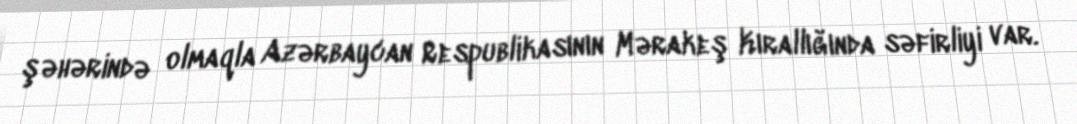
şəhərində olmaqla Azərbaycan Respublikasının Mərakeş Kırallığında səfirliyi var.